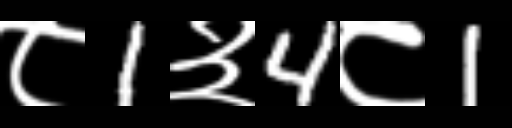
Text: ८1३4८1